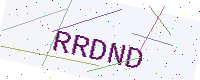
Text: RRDND